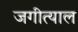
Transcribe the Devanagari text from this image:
जगीत्याल